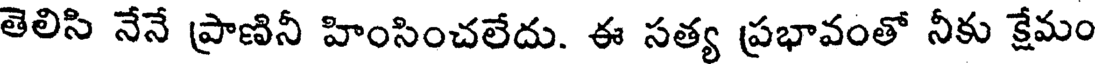
తెలిసి నేనే ప్రాణినీ హింసించలేదు. ఈ సత్య ప్రభావంతో నీకు క్షేమం